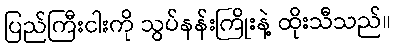
ပြည်ကြီးငါးကို သွပ်နန်းကြိုးနဲ့ ထိုးသီသည်။